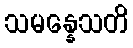
သမန္နေသတိ